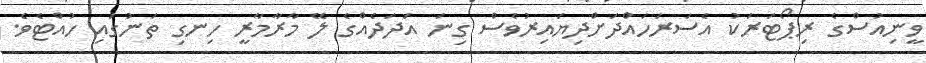
ވީނިއުސްގެ ރިޕޯޓަރަކު އެސަރަހައްދަށްދިޔައިރުވެސް ގިނަ އަދަދެއްގެ ލޭ މާރާމާރީ ހިނގި ތަނުގައި ހުއްޓެވެ.